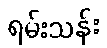
ရမ်းသန်း